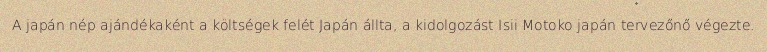
A japán nép ajándékaként a költségek felét Japán állta, a kidolgozást Isii Motoko japán tervezőnő végezte.